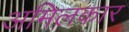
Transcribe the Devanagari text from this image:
अमिलकार